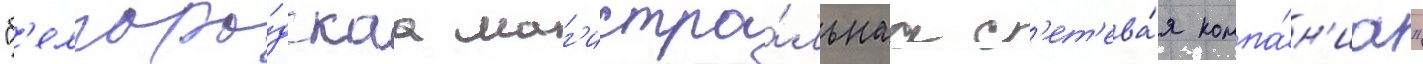
"б'елгоро́дскаа маг'истра́льнаа с'ет'ева́я компа́н'иа"